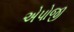
એપોજી